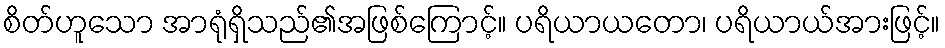
စိတ်ဟူသော အာရုံရှိသည်၏အဖြစ်ကြောင့်။ ပရိယာယတော၊ ပရိယာယ်အားဖြင့်။